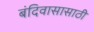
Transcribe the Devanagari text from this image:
बंदिवासासाठी